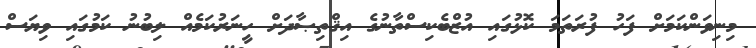
މިނިވަންކަމަށް ފަހު ފުރަތަމަ ކޮޅުގައި އުޒްބެކިސްތާނުގެ އިޤްތިޞާދަށް ހީނަރުކަމެެއް ލިބުނު ކަމުގައި ވިޔަސް